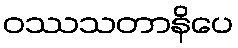
ဝဿသတာနိပေ